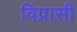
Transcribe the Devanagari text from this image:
विप्रासी